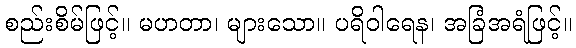
စည်းစိမ်ဖြင့်။ မဟတာ၊ များသော။ ပရိဝါရေန၊ အခြံအရံဖြင့်။